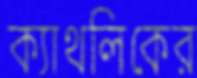
ক্যাথলিকের